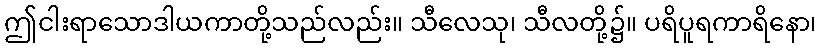
ဤငါးရာသောဒါယကာတို့သည်လည်း။ သီလေသု၊ သီလတို့၌။ ပရိပူရကာရိနော၊